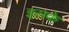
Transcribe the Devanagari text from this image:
इस़के